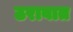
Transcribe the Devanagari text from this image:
ठरावात